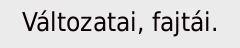
Változatai, fajtái.